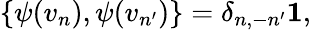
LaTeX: \{ \psi(v_{n}),\psi(v_{n^{\prime}})\} =\delta_{n,-n^{\prime}}{\mathbf 1},